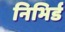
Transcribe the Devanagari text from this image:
निभिर्ड